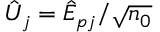
\hat { U } _ { j } = \hat { E } _ { p j } / \sqrt { n _ { 0 } }